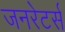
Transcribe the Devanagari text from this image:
जनरेटर्स